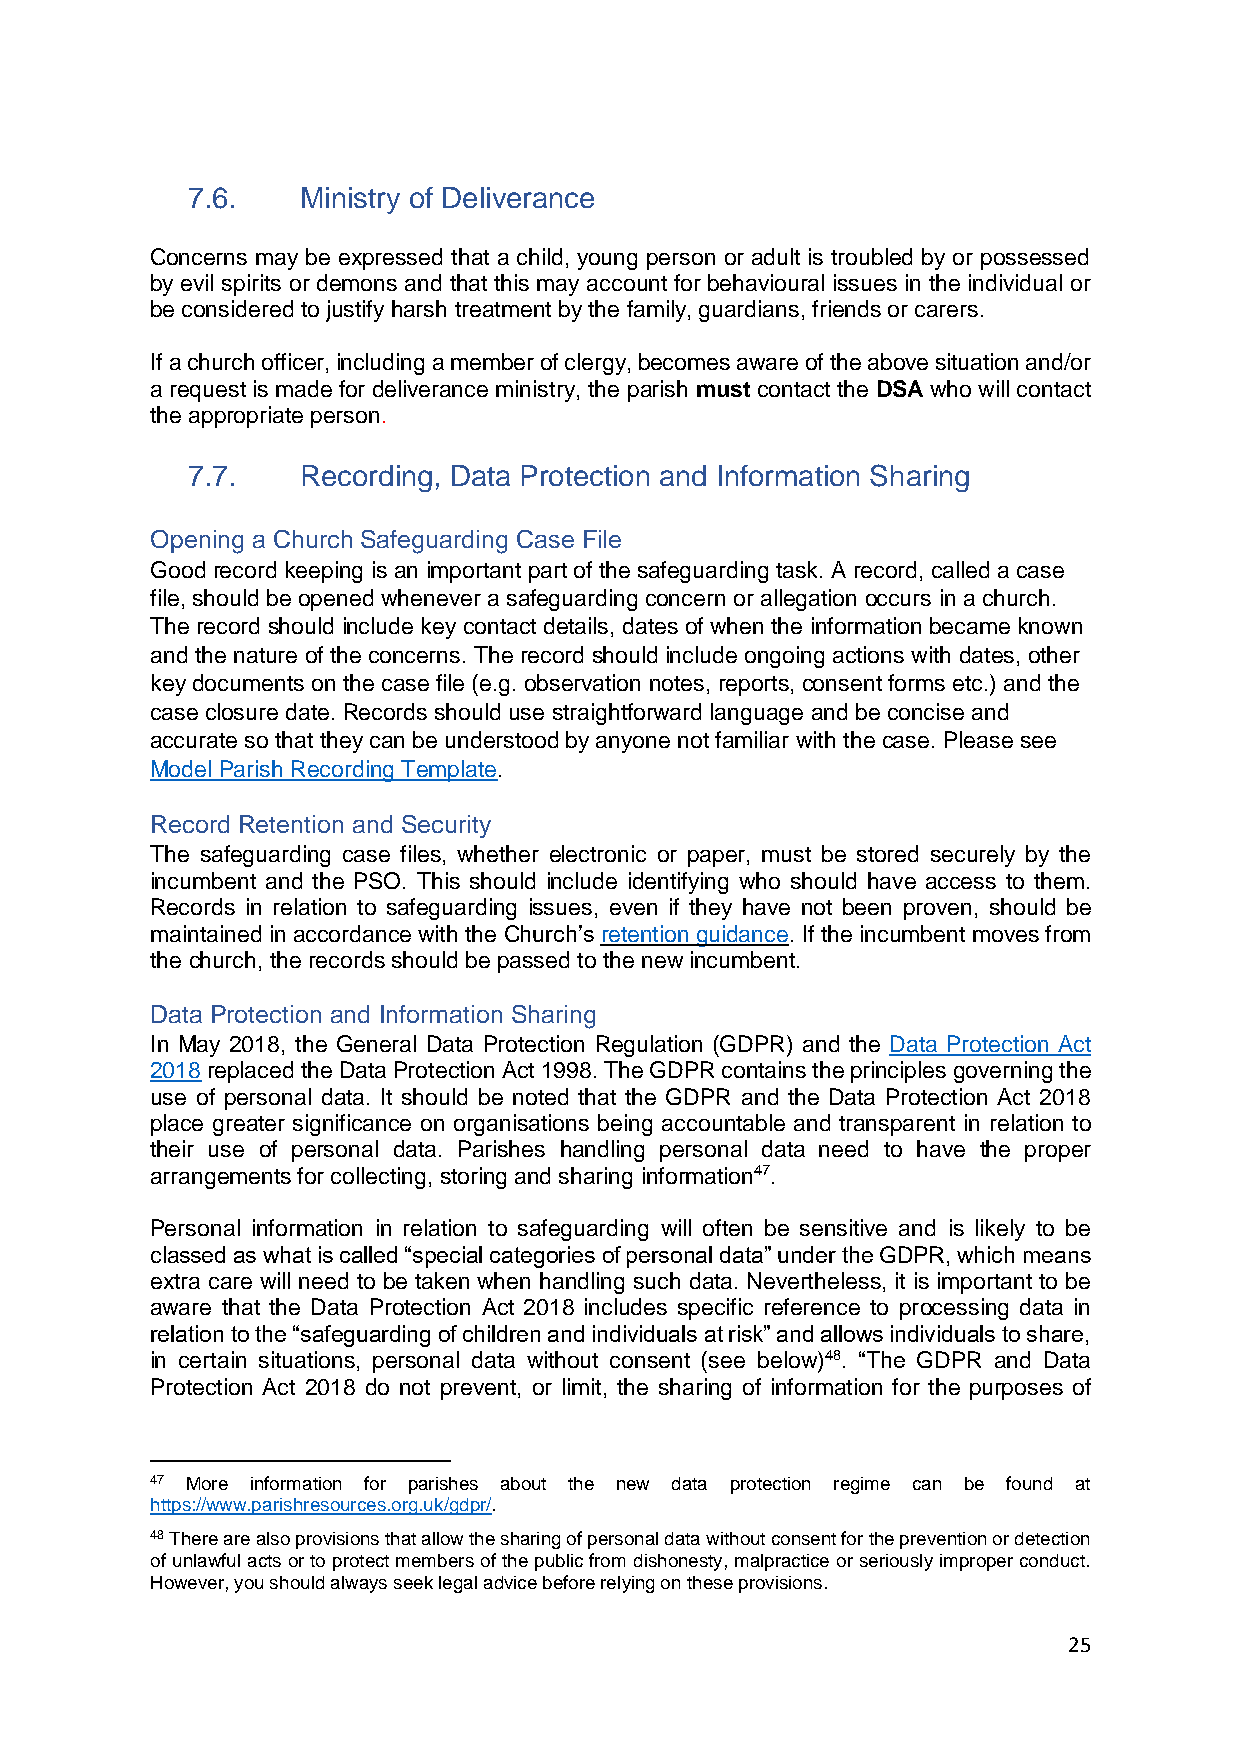
7.6.    Ministry of Deliverance
 Concerns may be expressed that a child, young person or adult is troubled by or possessed
 by evil spirits or demons and that this may account for behavioural issues in the individual or
 be considered to justify harsh treatment by the family, guardians, friends or carers.
 If a church officer, including a member of clergy, becomes aware of the above situation and/or
 a request is made for deliverance ministry, the parish must contact the DSA who will contact
 the appropriate person.
 7.7.    Recording, Data Protection and Information Sharing
 Opening a Church Safeguarding Case File
 Good record keeping is an important part of the safeguarding task. A record, called a case
 file, should be opened whenever a safeguarding concern or allegation occurs in a church.
 The record should include key contact details, dates of when the information became known
 and the nature of the concerns. The record should include ongoing actions with dates, other
 key documents on the case file (e.g. observation notes, reports, consent forms etc.) and the
 case closure date. Records should use straightforward language and be concise and
 accurate so that they can be understood by anyone not familiar with the case. Please see
 Model Parish Recording Template.
 Record Retention and Security
 The safeguarding case files, whether electronic or paper, must be stored securely by the
 incumbent and the PSO. This should include identifying who should have access to them.
 Records in relation to safeguarding issues, even if they have not been proven, should be
 maintained in accordance with the Church’s retention guidance. If the incumbent moves from
 the church, the records should be passed to the new incumbent.
 Data Protection and Information Sharing
 In May 2018, the General Data Protection Regulation (GDPR) and the Data Protection Act
 2018 replaced the Data Protection Act 1998. The GDPR contains the principles governing the
 use of personal data. It should be noted that the GDPR and the Data Protection Act 2018
 place greater significance on organisations being accountable and transparent in relation to
 their use of personal data. Parishes handling personal data need to have the proper
 arrangements for collecting, storing and sharing information47.
 Personal information in relation to safeguarding will often be sensitive and is likely to be
 classed as what is called “special categories of personal data” under the GDPR, which means
 extra care will need to be taken when handling such data. Nevertheless, it is important to be
 aware that the Data Protection Act 2018 includes specific reference to processing data in
 relation to the “safeguarding of children and individuals at risk” and allows individuals to share,
 in certain situations, personal data without consent (see below)48. “The GDPR and Data
 Protection Act 2018 do not prevent, or limit, the sharing of information for the purposes of
 47 More information for parishes about the new data protection regime can be found at
 https://www.parishresources.org.uk/gdpr/.
 48 There are also provisions that allow the sharing of personal data without consent for the prevention or detection
 of unlawful acts or to protect members of the public from dishonesty, malpractice or seriously improper conduct.
 However, you should always seek legal advice before relying on these provisions.
 25